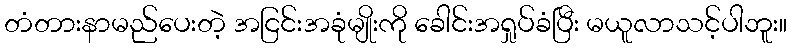
တံတားနာမည်ပေးတဲ့ အငြင်းအခုံမျိုးကို ခေါင်းအရှုပ်ခံပြီး မယူလာသင့်ပါဘူး။